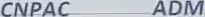
CNPAC ADM